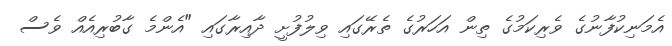
އެމަނިކުފާނުގެ ވެރިކަމުގެ ތިން އަހަރުގެ ތެރޭގައި ވިލުފުށީ ދާއިރާގައި "އެންމެ ގާބުރިއެއް ވެސް